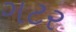
ગટર